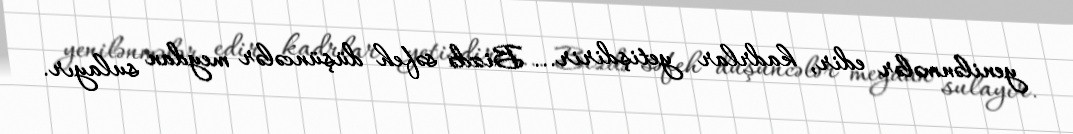
yenilənmələr edir, kadrlar yetişdirir... Bizdə səfeh düşüncələr meydan sulayır.